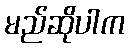
မည်ဆိုပါက